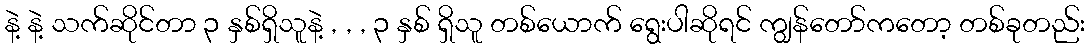
နဲ့ နဲ့ သက်ဆိုင်တာ ၃ နှစ်ရှိသူနဲ့ , , , ၃ နှစ် ရှိသူ တစ်ယောက် ရွေးပါဆိုရင် ကျွန်တော်ကတော့ တစ်ခုတည်း